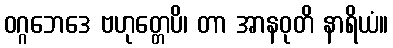
ဝဂ္ဂဘေဒေ ဗဟုတ္တေပိ၊ တာ အာနဝုတိ နာရိယံ။